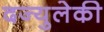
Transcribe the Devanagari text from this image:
दज्युलेकी